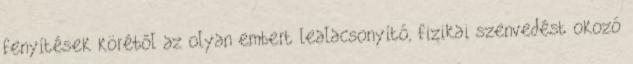
fenyítések köréből az olyan embert lealacsonyító, fizikai szenvedést okozó